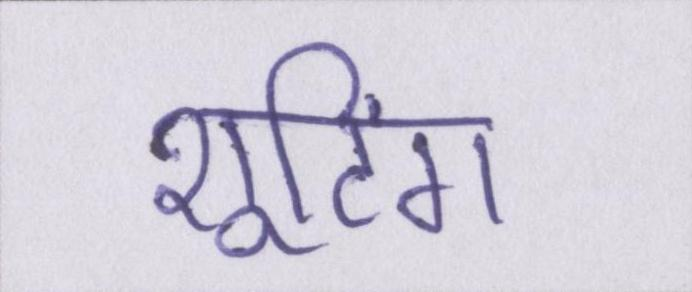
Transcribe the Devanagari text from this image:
शूटिंग